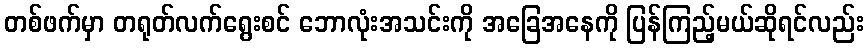
တစ်ဖက်မှာ တရုတ်လက်ရွေးစင် ဘောလုံးအသင်းကို အခြေအနေကို ပြန်ကြည့်မယ်ဆိုရင်လည်း